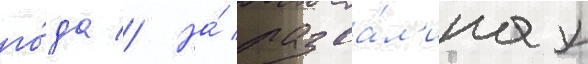
го́да // На́ разва́л'инах